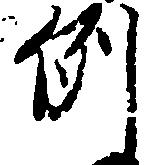
例